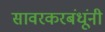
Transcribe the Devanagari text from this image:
सावरकरबंधूंनी